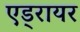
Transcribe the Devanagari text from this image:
एड्रायर